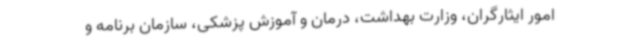
امور ایثارگران، وزارت بهداشت، درمان و آموزش پزشکی، سازمان برنامه و